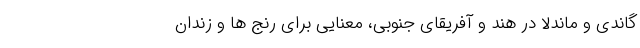
گاندی و ماندلا در هند و آفریقای جنوبی، معنایی برای رنج ها و زندان